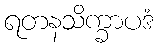
ရတနသိက္ခာပဒံ